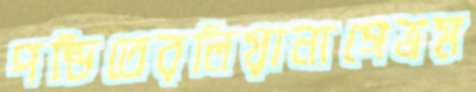
পন্ডিতেরলিয়ানাগেভ্রম